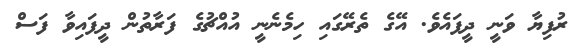
ރުފިޔާ ވަނީ ދީފައެވެ. އޭގެ ތެރޭގައި ހިމެނެނީ އުއްޗުގެ ފަރާތުން ދީފައިވާ ފަސް